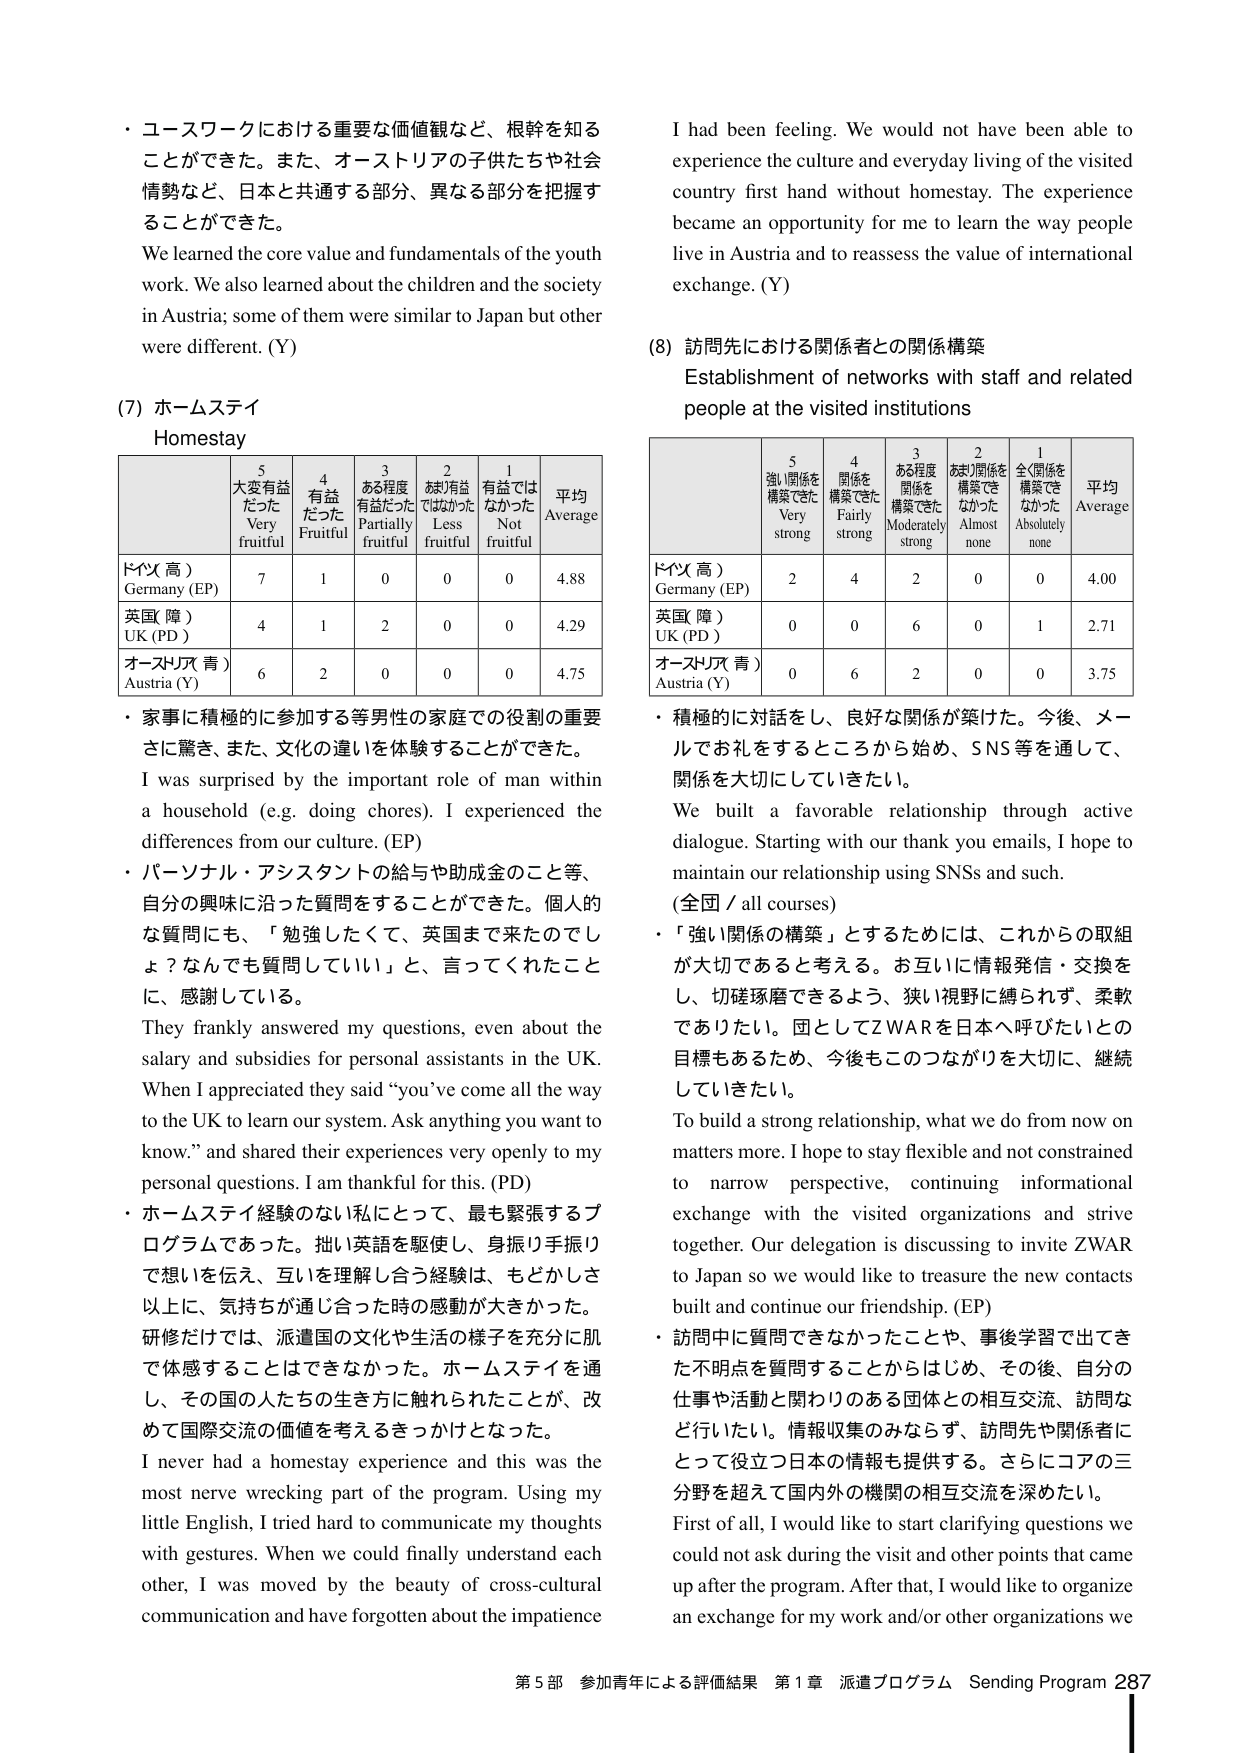
・コースワークにおける重要な価値観など、根幹を知ることができた。また、オーストリアの子供たちや社会情勢など、日本と共通する部分、異なる部分を把握することができた。
We learned the core value and fundamentals of the youth work. We also learned about the children and the society in Austria; some of them were similar to Japan but other were different. (Y)

(7) ホームステイ
Homestay

| | 5 大変有益だった Very fruitful | 4 有益だった Fruitful | 3 ある程度有益だった Partially fruitful | 2 あまり有益ではなかった Less fruitful | 1 有益ではなかった Not fruitful | 平均 Average |
|---|---|---|---|---|---|---|
| ドイツ（高） Germany (EP) | 7 | 1 | 0 | 0 | 0 | 4.88 |
| 英国（障） UK (PD) | 4 | 1 | 2 | 0 | 0 | 4.29 |
| オーストリア（青） Austria (Y) | 6 | 2 | 0 | 0 | 0 | 4.75 |

・家事に積極的に参加する等男性の家庭での役割の重要さに驚き、また、文化の違いを体験することができた。
I was surprised by the important role of man within a household (e.g. doing chores). I experienced the differences from our culture. (EP)

・パーソナル・アシスタントの給与や助成金のこと等、自分の興味に沿った質問をすることができた。個人的な質問にも、「勉強したくて、英国まで来たのでしょう？なんでも質問していい」と、言ってくれたことに、感謝している。
They frankly answered my questions, even about the salary and subsidies for personal assistants in the UK. When I appreciated they said “you’ve come all the way to the UK to learn our system. Ask anything you want to know.” and shared their experiences very openly to my personal questions. I am thankful for this. (PD)

・ホームステイ経験のない私にとって、最も緊張するプログラムであった。拙い英語を駆使し、身振り手振りで想いを伝え、互いを理解し合う経験は、もどかしさ以上に、気持ちが通じ合った時の感動が大きかった。研修だけでは、派遣国の文化や生活の様子を充分に肌で体感することはできなかった。ホームステイを通し、その国の人たちの生き方に触れられたことが、改めて国際交流の価値を考えるきっかけとなった。
I never had a homestay experience and this was the most nerve wrecking part of the program. Using my little English, I tried hard to communicate my thoughts with gestures. When we could finally understand each other, I was moved by the beauty of cross-cultural communication and have forgotten about the impatience I had been feeling. We would not have been able to experience the culture and everyday living of the visited country first hand without homestay. The experience became an opportunity for me to learn the way people live in Austria and to reassess the value of international exchange. (Y)

(8) 訪問先における関係者との関係構築
Establishment of networks with staff and related people at the visited institutions

| | 5 強い関係を構築できた Very strong | 4 関係を構築できた Fairly strong | 3 ある程度関係を構築できた Moderately strong | 2 あまり関係を構築できなかった Almost none | 1 全く関係を構築できなかった Absolutely none | 平均 Average |
|---|---|---|---|---|---|---|
| ドイツ（高） Germany (EP) | 2 | 4 | 2 | 0 | 0 | 4.00 |
| 英国（障） UK (PD) | 0 | 0 | 6 | 0 | 1 | 2.71 |
| オーストリア（青） Austria (Y) | 0 | 6 | 2 | 0 | 0 | 3.75 |

・積極的に対話をし、良好な関係が築けた。今後、メールでお礼をするところから始め、SNS等を通して、関係を大切にしていきたい。
We built a favorable relationship through active dialogue. Starting with our thank you emails, I hope to maintain our relationship using SNSs and such. (全国 / all courses)

・「強い関係の構築」とするためには、これからの取組が大切であると考える。お互いに情報発信・交換をし、切磋琢磨できるよう、狭い視野に縛られず、柔軟でありたい。団としてZWARを日本へ呼びたいとの目標もあるため、今後もこのつながりを大切に、継続していきたい。
To build a strong relationship, what we do from now on matters more. I hope to stay flexible and not constrained to narrow perspective, continuing informational exchange with the visited organizations and strive together. Our delegation is discussing to invite ZWAR to Japan so we would like to treasure the new contacts built and continue our friendship. (EP)

・訪問中に質問できなかったことや、事後学習で出てきた不明点を質問することからはじめ、その後、自分の仕事や活動と関わりのある団体との相互交流、訪問など行いたい。情報収集のみならず、訪問先や関係者にとって役立つ日本の情報を提供する。さらにコアの三分野を超えて国内外の機関の相互交流を深めたい。
First of all, I would like to start clarifying questions we could not ask during the visit and other points that came up after the program. After that, I would like to organize an exchange for my work and/or other organizations we

第5部 参加青年による評価結果 第1章 派遣プログラム Sending Program 287